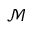
\mathcal { M }